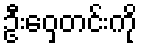
ဦးဝှေ့တင်းကို